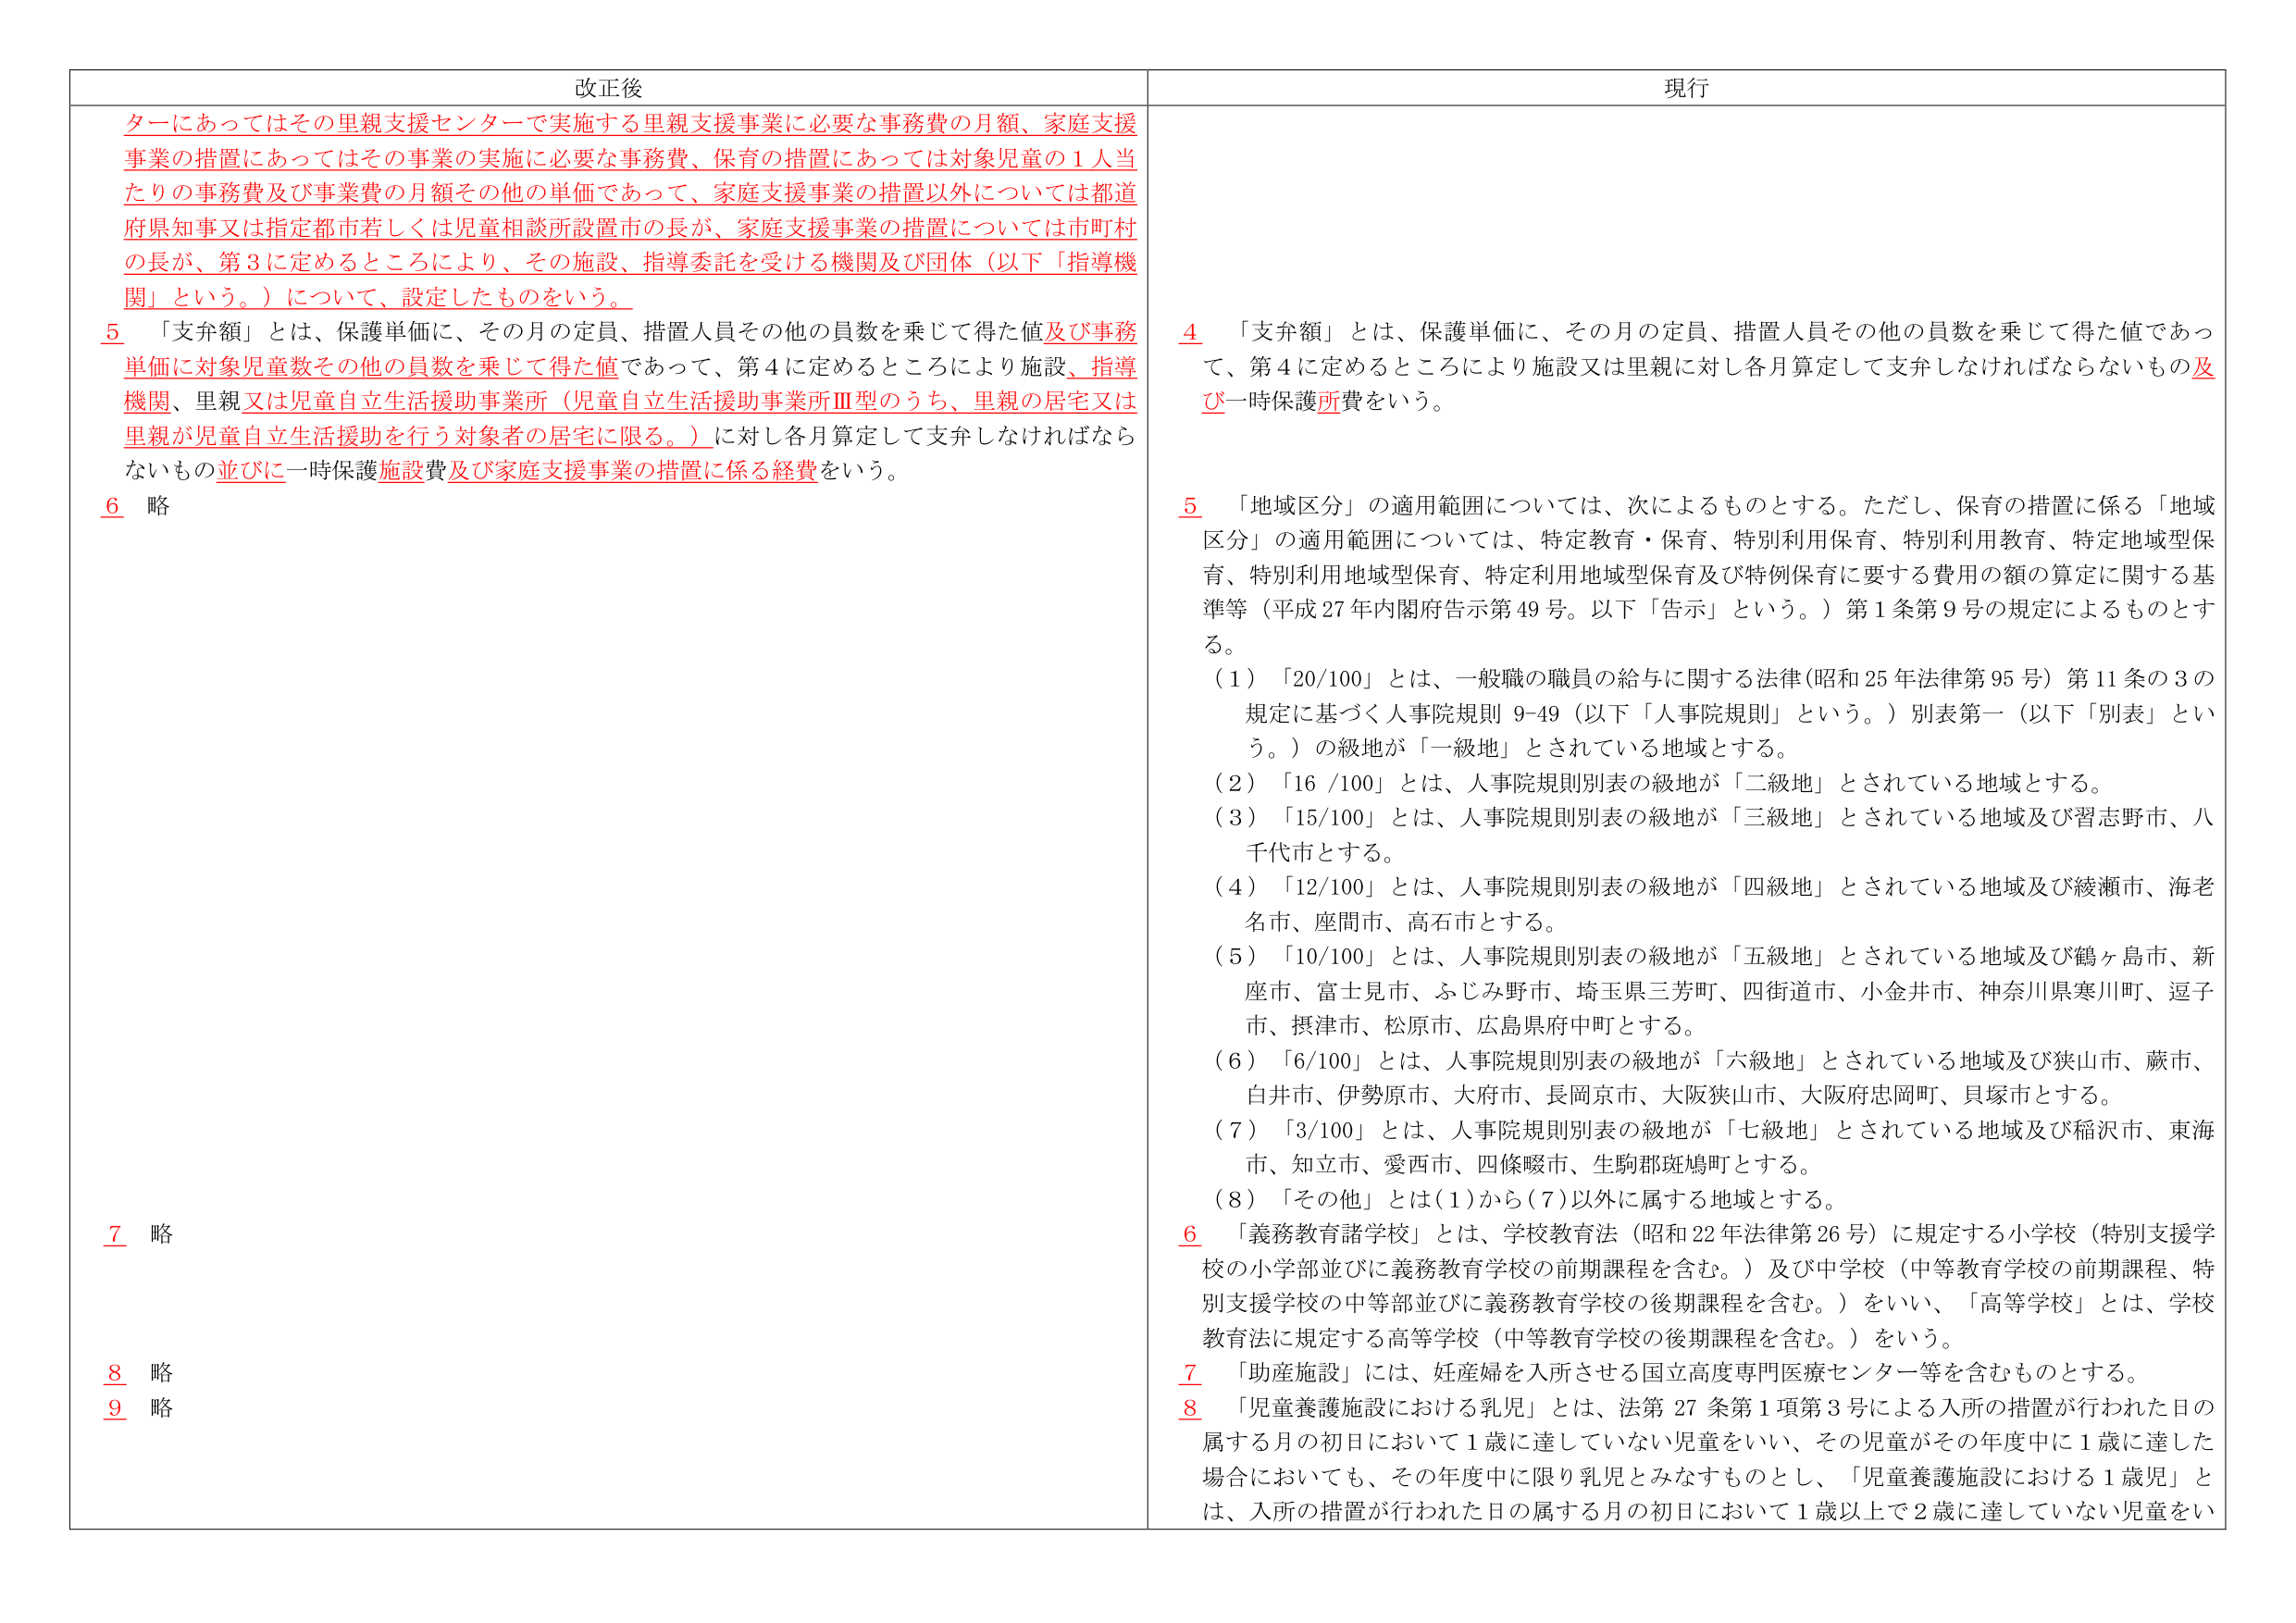
改正後

ターにあってはその里親支援センターで実施する里親支援事業に必要な事務費の月額、家庭支援事業の措置にあってはその事業の実施に必要な事務費、保育の措置にあっては対象児童の1人当たりの事務費及び事業費の月額をその他の単価であって、家庭支援事業の措置以外については都道府県知事又は指定都市若しくは児童相談所設置市の長が、家庭支援事業の措置については市町村の長が、第3に定めるところにより、その施設、指導委託を受ける機関及び団体（以下「指導機関」という。）について、設定したものをいう。

5 「支弁額」とは、保護単価に、その月の定員、措置人員その他の員数を乗じて得た値及び事務単価に対象児童数その他の員数を乗じて得た値であって、第4に定めるところにより施設、指導機関、里親又は児童自立生活援助事業所（児童自立生活援助事業所Ⅲ型のうち、里親の居宅又は里親が児童自立生活援助を行う対象者の居宅に限る。）に対し各月算定して支弁しなければならないもの並びに一時保護施設費及び家庭支援事業の措置に係る経費をいう。

6 略

7 略

8 略

9 略

現行

4 「支弁額」とは、保護単価に、その月の定員、措置人員その他の員数を乗じて得た値であって、第4に定めるところにより施設又は里親に対し各月算定して支弁しなければならないもの及び一時保護所費をいう。

5 「地域区分」の適用範囲については、次によるものとする。ただし、保育の措置に係る「地域区分」の適用範囲については、特定教育・保育、特別利用保育、特別利用教育、特定地域型保育、特別利用地域型保育、特定利用地域型保育及び特例保育に要する費用の額の算定に関する基準等（平成27年内閣府告示第49号。以下「告示」という。）第1条第9号の規定によるものとする。

（1）「20/100」とは、一般職の職員の給与に関する法律（昭和25年法律第95号）第11条の3の規定に基づく人事院規則9-49（以下「人事院規則」という。）別表第一（以下「別表」という。）の級地が「一級地」とされている地域とする。

（2）「16/100」とは、人事院規則別表の級地が「二級地」とされている地域とする。

（3）「15/100」とは、人事院規則別表の級地が「三級地」とされている地域及び習志野市、八千代市とする。

（4）「12/100」とは、人事院規則別表の級地が「四級地」とされている地域及び綾瀬市、海老名市、座間市、高石市とする。

（5）「10/100」とは、人事院規則別表の級地が「五級地」とされている地域及び鶴ヶ島市、新座市、富士見市、ふじみ野市、埼玉県三芳町、四街道市、小金井市、神奈川県寒川町、逗子市、摂津市、松原市、広島県府中町とする。

（6）「6/100」とは、人事院規則別表の級地が「六級地」とされている地域及び狭山市、蕨市、白井市、伊勢原市、大府市、長岡京市、大阪狭山市、大阪府忠岡町、貝塚市とする。

（7）「3/100」とは、人事院規則別表の級地が「七級地」とされている地域及び稲沢市、東海市、知立市、愛西市、四條畷市、生駒郡斑鳩町とする。

（8）「その他」とは（1）から（7）以外に属する地域とする。

6 「義務教育諸学校」とは、学校教育法（昭和22年法律第26号）に規定する小学校（特別支援学校の小学部並びに義務教育学校の前期課程を含む。）及び中学校（中等教育学校の前期課程、特別支援学校の中等部並びに義務教育学校の後期課程を含む。）をいい、「高等学校」とは、学校教育法に規定する高等学校（中等教育学校の後期課程を含む。）をいう。

7 「助産施設」には、妊産婦を入所させる国立高度専門医療センター等を含むものとする。

8 「児童養護施設における乳児」とは、法第27条第1項第3号による入所の措置が行われた日の属する月の初日において1歳に達していない児童をいい、その児童がその年度中に1歳に達した場合においても、その年度中に限り乳児とみなすものとし、「児童養護施設における1歳児」とは、入所の措置が行われた日の属する月の初日において1歳以上で2歳に達していない児童をい